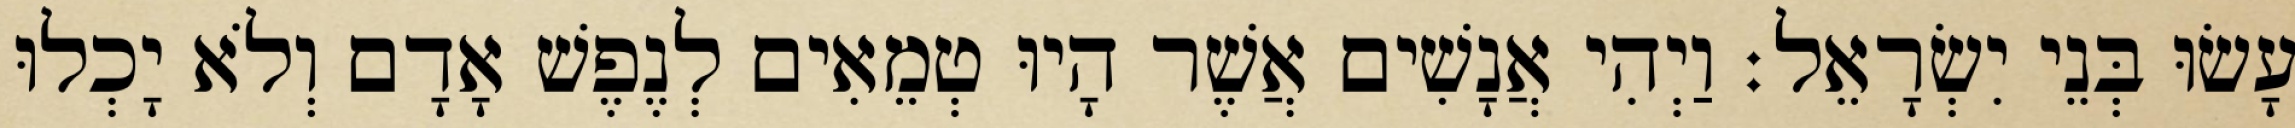
עָשׂוּ בְּנֵי יִשְׂרָאֵל׃ וַיְהִי אֲנָשִׁים אֲשֶׁר הָיוּ טְמֵאִים לְנֶפֶשׁ אָדָם וְלֹא יָכְלוּ